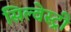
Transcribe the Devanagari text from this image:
सिल्वेस्ट्री